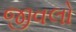
જીવલો